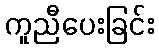
ကူညီပေးခြင်း